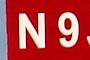
n9